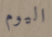
اليوم